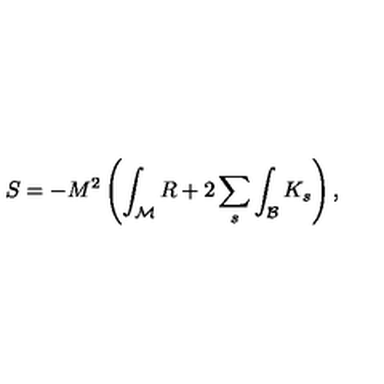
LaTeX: S = - M ^ { 2 } \left( \int _ { \mathcal M } R + 2 \sum _ { s } \int _ { \mathcal B } K _ { s } \right) ,